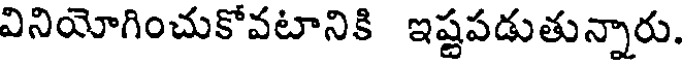
వినియోగించుకోవటానికి ఇష్టపడుతున్నారు.